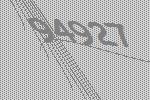
94927